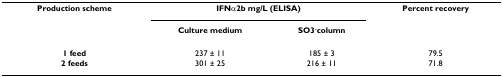
| Production scheme | <COLSPAN=2> IFNα2b mg/L (ELISA) | Percent recovery |
 |  | Culture medium | SO3-column |  |
 | --- | --- | --- | --- |
 | 1 feed | 237 ± 11 | 185 ± 3 | 79.5 |
 | 2 feeds | 301 ± 25 | 216 ± 11 | 71.8 |